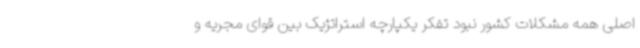
اصلی همه مشکلات کشور نبود تفکر یکپارچه استراتژیک بین قوای مجریه و